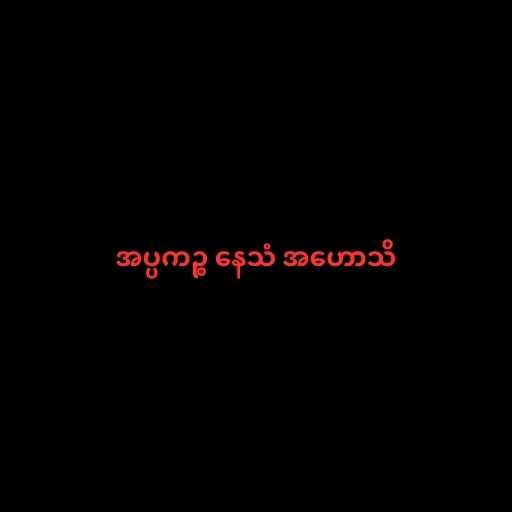
အပ္ပကဉ္စ နေသံ အဟောသိ